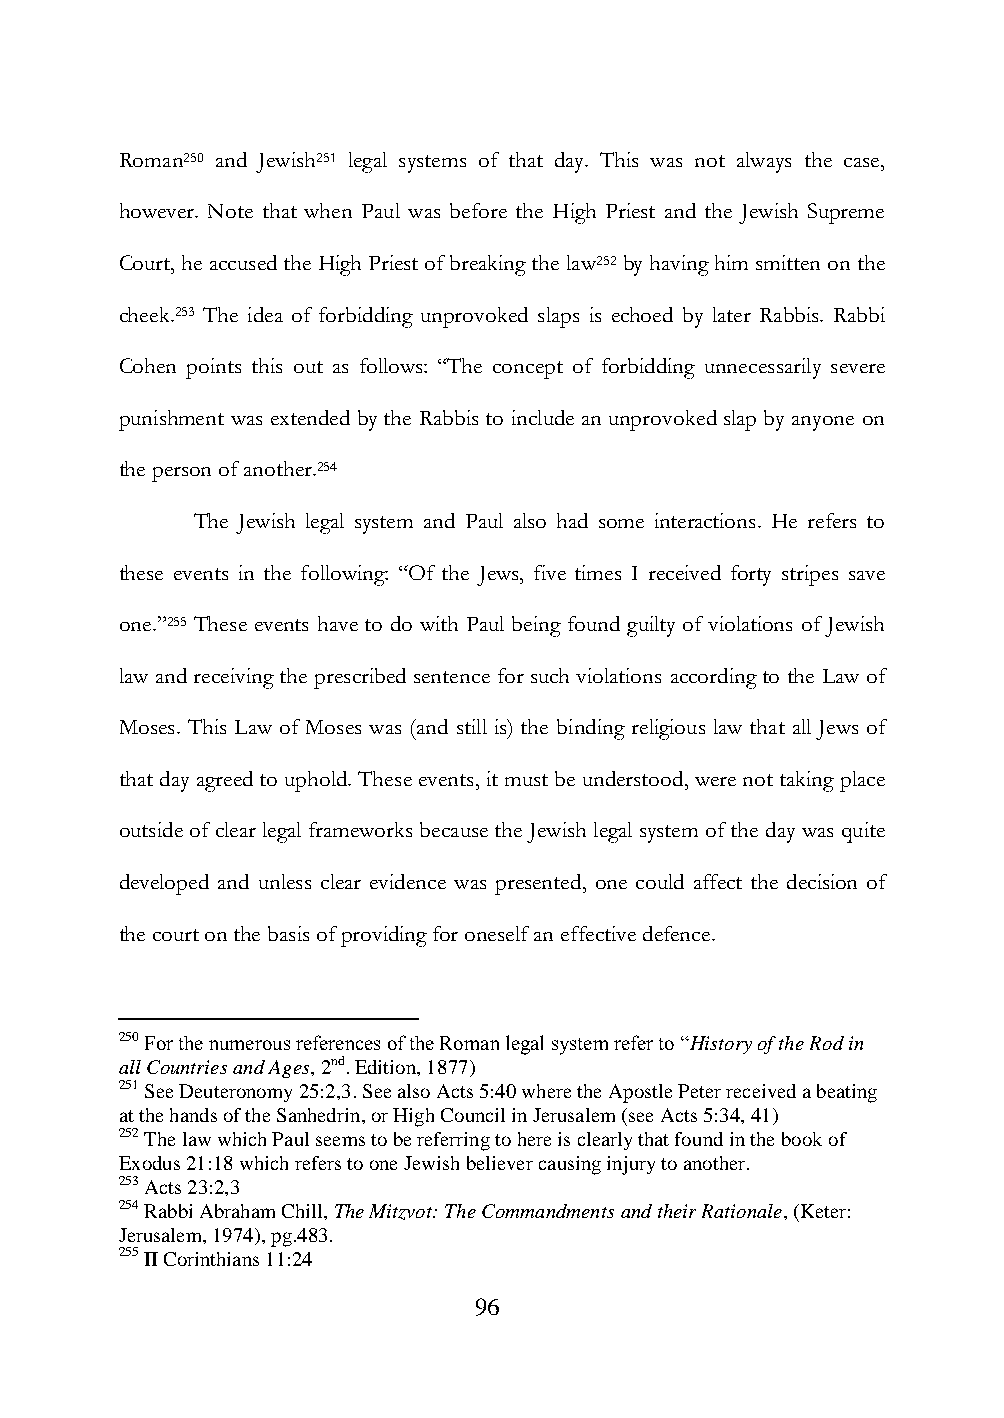
Roman250 and Jewish251 legal systems of that day. This was not always the case,
 however. Note that when Paul was before the High Priest and the Jewish Supreme
 Court, he accused the High Priest of breaking the law252 by having him smitten on the
 cheek.253 The idea of forbidding unprovoked slaps is echoed by later Rabbis. Rabbi
 Cohen points this out as follows: “The concept of forbidding unnecessarily severe
 punishment was extended by the Rabbis to include an unprovoked slap by anyone on
 the person of another.254
 The Jewish legal system and Paul also had some interactions. He refers to
 these events in the following: “Of the Jews, five times I received forty stripes save
 one.”255 These events have to do with Paul being found guilty of violations of Jewish
 law and receiving the prescribed sentence for such violations according to the Law of
 Moses. This Law of Moses was (and still is) the binding religious law that all Jews of
 that day agreed to uphold. These events, it must be understood, were not taking place
 outside of clear legal frameworks because the Jewish legal system of the day was quite
 developed and unless clear evidence was presented, one could affect the decision of
 the court on the basis of providing for oneself an effective defence.
 250 For the numerous references of the Roman legal system refer to “History of the Rod in
 all Countries and Ages, 2nd. Edition, 1877)
 251 See Deuteronomy 25:2,3. See also Acts 5:40 where the Apostle Peter received a beating
 at the hands of the Sanhedrin, or High Council in Jerusalem (see Acts 5:34, 41)
 252 The law which Paul seems to be referring to here is clearly that found in the book of
 Exodus 21:18 which refers to one Jewish believer causing injury to another.
 253 Acts 23:2,3
 254 Rabbi Abraham Chill, The Mitzvot: The Commandments and their Rationale, (Keter:
 Jerusalem, 1974), pg.483.
 255 II Corinthians 11:24
 96